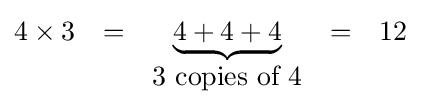
{\begin{matrix}4\times 3&=&\underbrace {4+4+4} &=&12\\&&3{\mbox{ copies of }}4\end{matrix}}